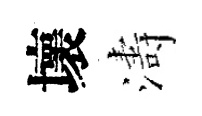
壞濤